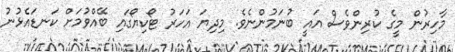
މާހިރުން މީގެ ކުރިންވެސް އައީ ބުނަމުންނެވެ. މިދިޔަ އަހަރު ޓޯކިޔޯގައި ބޭއްވުމަށް ކަނޑައެޅުނު